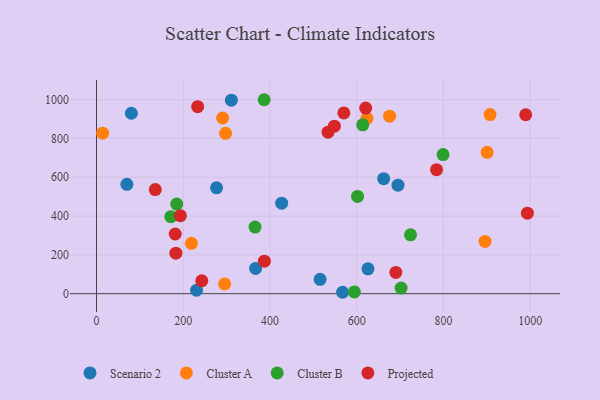
{"axis": {"x": "Price", "y": "Rating"}, "legend": ["Cluster A", "Cluster B", "Projected", "Scenario 2"], "data": [{"x": "80.4", "y": 929.8, "type": "Scenario 2"}, {"x": "230.6", "y": 17.8, "type": "Scenario 2"}, {"x": "70.0", "y": 563.8, "type": "Scenario 2"}, {"x": "515.5", "y": 74.1, "type": "Scenario 2"}, {"x": "426.9", "y": 466.5, "type": "Scenario 2"}, {"x": "625.8", "y": 128.0, "type": "Scenario 2"}, {"x": "662.1", "y": 592.8, "type": "Scenario 2"}, {"x": "695.1", "y": 559.4, "type": "Scenario 2"}, {"x": "276.8", "y": 545.7, "type": "Scenario 2"}, {"x": "567.4", "y": 7.3, "type": "Scenario 2"}, {"x": "310.9", "y": 997.3, "type": "Scenario 2"}, {"x": "366.8", "y": 130.1, "type": "Scenario 2"}, {"x": "295.4", "y": 50.4, "type": "Cluster A"}, {"x": "218.8", "y": 259.3, "type": "Cluster A"}, {"x": "14.1", "y": 827.0, "type": "Cluster A"}, {"x": "907.4", "y": 922.9, "type": "Cluster A"}, {"x": "675.8", "y": 914.7, "type": "Cluster A"}, {"x": "900.6", "y": 728.2, "type": "Cluster A"}, {"x": "623.6", "y": 903.4, "type": "Cluster A"}, {"x": "290.8", "y": 905.3, "type": "Cluster A"}, {"x": "895.7", "y": 269.3, "type": "Cluster A"}, {"x": "297.6", "y": 826.5, "type": "Cluster A"}, {"x": "184.9", "y": 461.6, "type": "Cluster B"}, {"x": "594.5", "y": 9.3, "type": "Cluster B"}, {"x": "799.1", "y": 716.9, "type": "Cluster B"}, {"x": "386.5", "y": 999.5, "type": "Cluster B"}, {"x": "724.0", "y": 303.1, "type": "Cluster B"}, {"x": "365.5", "y": 343.1, "type": "Cluster B"}, {"x": "702.3", "y": 28.9, "type": "Cluster B"}, {"x": "601.8", "y": 501.2, "type": "Cluster B"}, {"x": "613.8", "y": 870.0, "type": "Cluster B"}, {"x": "171.4", "y": 397.0, "type": "Cluster B"}, {"x": "233.2", "y": 963.9, "type": "Projected"}, {"x": "570.3", "y": 931.4, "type": "Projected"}, {"x": "548.4", "y": 863.2, "type": "Projected"}, {"x": "193.4", "y": 402.0, "type": "Projected"}, {"x": "135.5", "y": 536.3, "type": "Projected"}, {"x": "242.8", "y": 66.6, "type": "Projected"}, {"x": "183.0", "y": 208.7, "type": "Projected"}, {"x": "620.6", "y": 956.4, "type": "Projected"}, {"x": "181.5", "y": 307.5, "type": "Projected"}, {"x": "690.1", "y": 109.6, "type": "Projected"}, {"x": "989.5", "y": 922.0, "type": "Projected"}, {"x": "387.0", "y": 167.3, "type": "Projected"}, {"x": "533.8", "y": 832.5, "type": "Projected"}, {"x": "784.0", "y": 639.1, "type": "Projected"}, {"x": "993.4", "y": 415.1, "type": "Projected"}]}